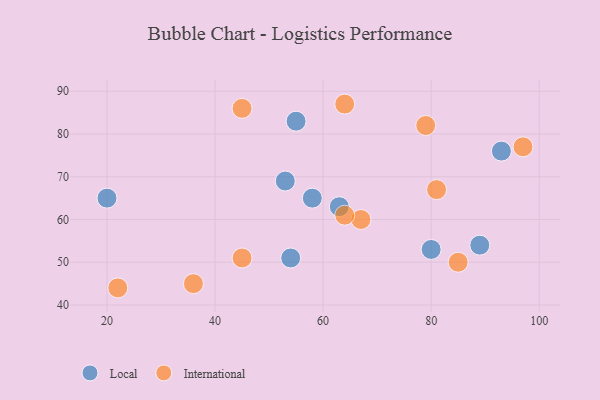
{"axis": {"x": "GDP", "y": "Life Expectancy"}, "legend": ["International", "Local"], "data": [{"x": "53", "y": 69, "type": "Local"}, {"x": "80", "y": 53, "type": "Local"}, {"x": "63", "y": 63, "type": "Local"}, {"x": "20", "y": 65, "type": "Local"}, {"x": "54", "y": 51, "type": "Local"}, {"x": "93", "y": 76, "type": "Local"}, {"x": "58", "y": 65, "type": "Local"}, {"x": "89", "y": 54, "type": "Local"}, {"x": "55", "y": 83, "type": "Local"}, {"x": "81", "y": 67, "type": "International"}, {"x": "67", "y": 60, "type": "International"}, {"x": "79", "y": 82, "type": "International"}, {"x": "64", "y": 61, "type": "International"}, {"x": "36", "y": 45, "type": "International"}, {"x": "45", "y": 86, "type": "International"}, {"x": "64", "y": 87, "type": "International"}, {"x": "85", "y": 50, "type": "International"}, {"x": "97", "y": 77, "type": "International"}, {"x": "45", "y": 51, "type": "International"}, {"x": "22", "y": 44, "type": "International"}]}